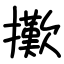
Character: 擹